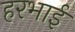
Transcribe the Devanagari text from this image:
हरभाई